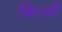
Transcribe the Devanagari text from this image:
कि०मी